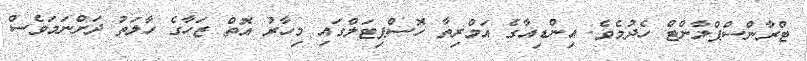
ޓްރާންސްޕްލާންޓް ހެދުމެވެ. އިންޑިއާގެ އަމްރިތާ ހޮސްޕިޓަލްގައި މިހާރު އޮތް ޒަހާގެ ހާލަތު ދަށްނަމަވެސް